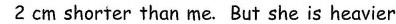
2 cm shorter than me. But she is heavier than me.